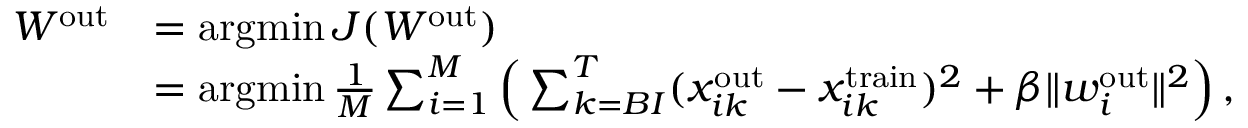
\begin{array} { r l } { W ^ { \mathrm { o u t } } } & { = \operatorname * { a r g m i n } J ( W ^ { \mathrm { o u t } } ) } \\ & { = \operatorname * { a r g m i n } \frac { 1 } { M } \sum _ { i = 1 } ^ { M } \Big ( \sum _ { k = B I } ^ { T } ( x _ { i k } ^ { \mathrm { o u t } } - x _ { i k } ^ { \mathrm { t r a i n } } ) ^ { 2 } + \beta \| w _ { i } ^ { \mathrm { o u t } } \| ^ { 2 } \Big ) \, , } \end{array}